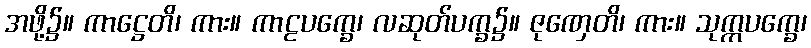
အဖို့၌။ ကာဋ္ဌေတိ၊ ကား။ ကာဠပက္ခေ၊ လဆုတ်ပက္ခ၌။ ဇုဏှေတိ၊ ကား။ သုက္ကပက္ခေ၊